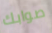
صوابك